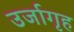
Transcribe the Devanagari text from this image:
उर्जागृह